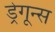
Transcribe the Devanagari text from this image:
ड्रेगून्स